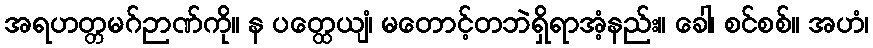
အရဟတ္တမဂ်ဉာဏ်ကို။ န ပတ္ထေယျံ၊ မတောင့်တဘဲရှိရာအံ့နည်း။ ခေါ၊ စင်စစ်။ အဟံ၊